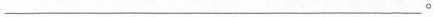
___。